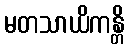
မတသာယိကန္တိ